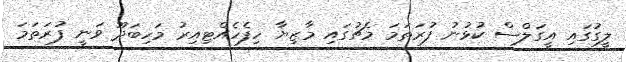
ލީގުގައި އީގަލްސް ކުޅުނު ފުރަތަމަ މެޗުގައި މާޒިޔާ ހިފެހެއްޓިއިރު މަހިބަދޫ ވަނީ ފުރަތަމަ